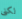
لكنى